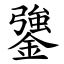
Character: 䥒